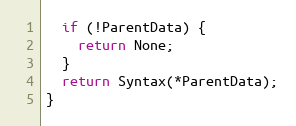
Language: C++
  if (!ParentData) {
    return None;
  }
  return Syntax(*ParentData);
}